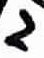
Text: 2